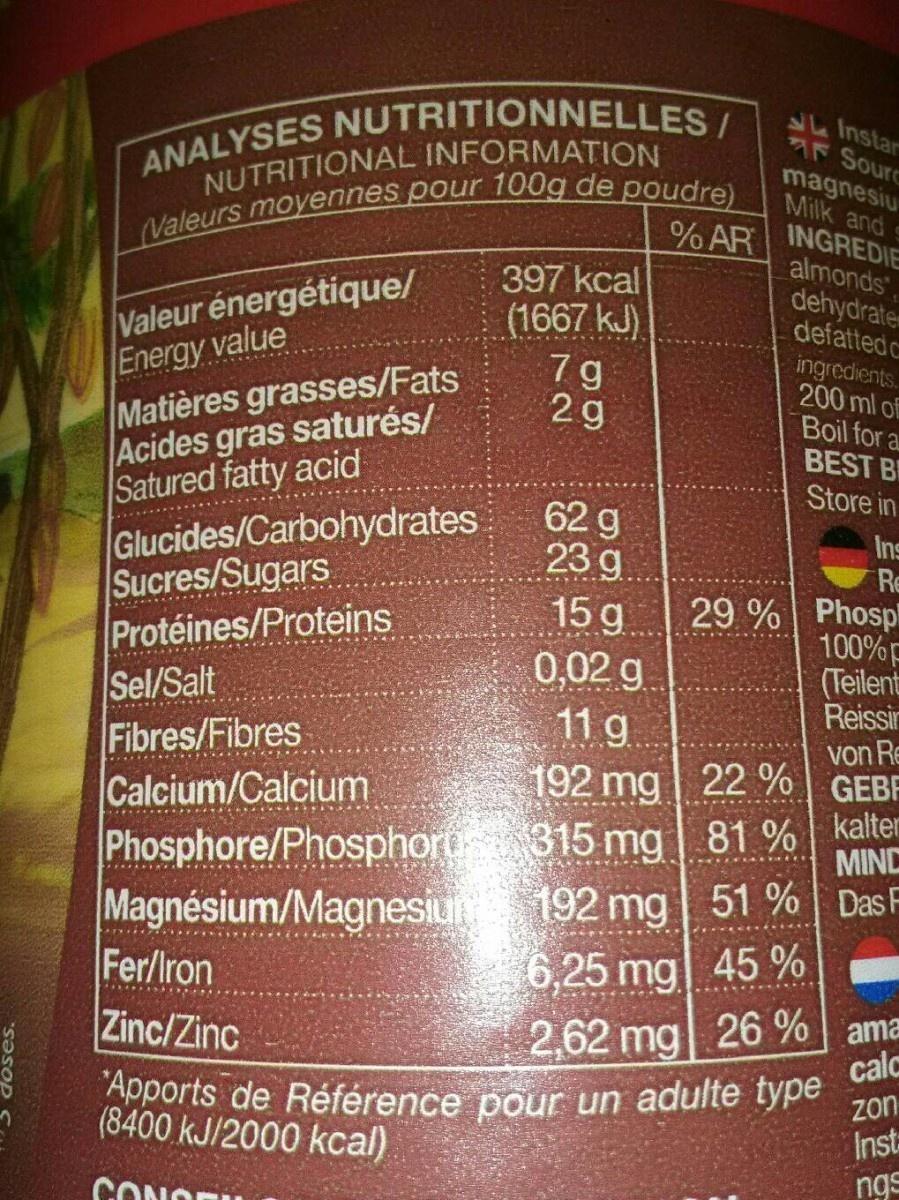
ANALYSES NUTRITIONNELLES/
S Instar A Sourc
(Valeurs moyennes pour 100g de poudre) % AR
magnesiu Milk and s
NUTRITIONAL INFORMATION
397 kcal (1667 kJ). 7g 2g
INGREDIE almonds, dehydrater defattedc ingredients. 200 ml of Boil for a BEST B Store in
Valeur énergétique/ Energy value Matières grasses/Fats Acides gras saturés/ Satured fatty acid Glucides/Carbohydrates Sucres/Sugars Protéines/Proteins Sel/Salt Fibres/Fibres Calcium/Calcium
62 g 23 g 15 g 0,02 g 11 g 192 mg 22 % GEBF
Ins Re
29 % Phosp 100%F (Teilent Reissin
von Re
315 mg | 81 % kalter MINC
Phosphore/Phosphort3 Magnésium/Magnesiun Fer/Iron Zinc/Zinc
192 mg| 51 % Das F
6,25 mg| 45 %
2,62 mg 26 % ama
"Apports de Référence pour un adulte type cal (8400 kJ/2000 kcal)
zon
Inst
ngs
CONO